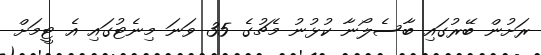
ރަށުން ބޭރުގައި ބާސެލޯނާ ކުޅުނު މެޗުގެ 35 ވަނަ މިނެޓުގައި އެ ޓީމަށް